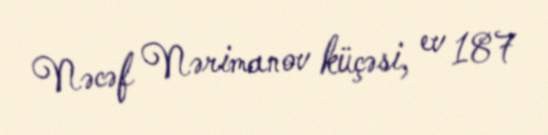
Nəcəf Nərimanov küçəsi, ev 187